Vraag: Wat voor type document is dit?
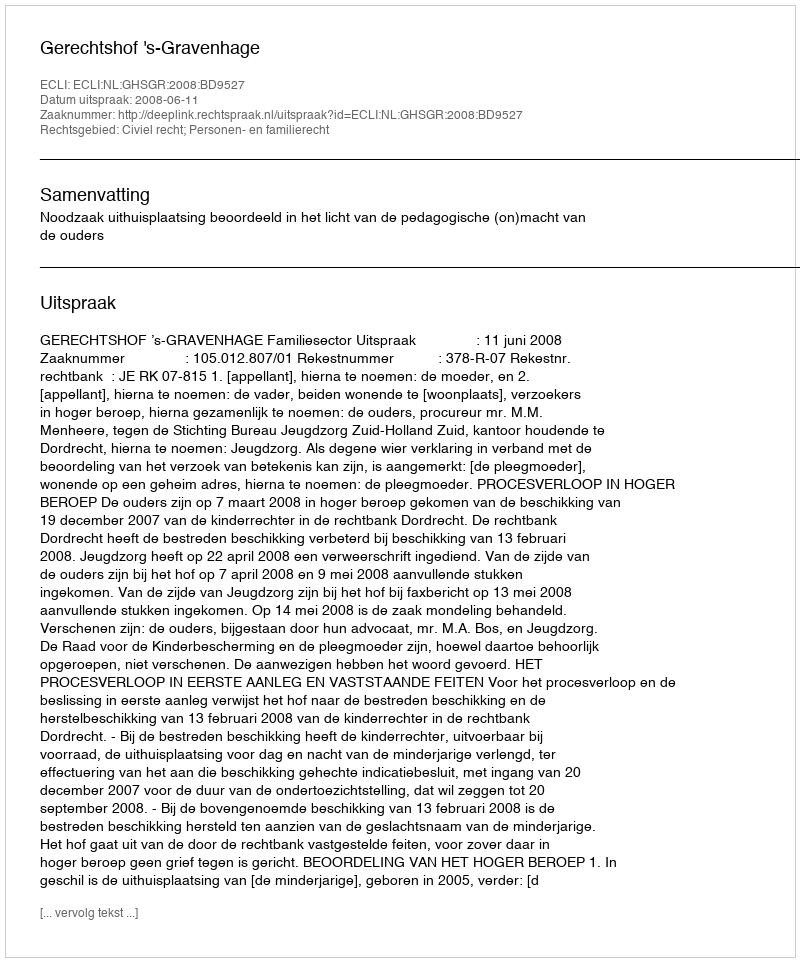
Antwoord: Uitspraak